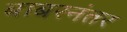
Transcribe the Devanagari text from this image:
बाबरनंतर